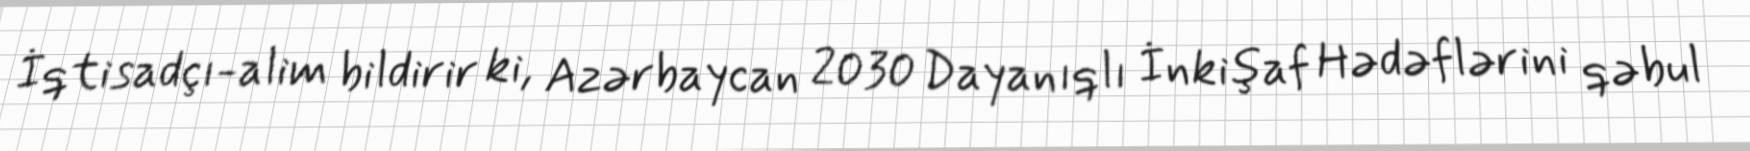
İqtisadçı-alim bildirir ki, Azərbaycan 2030 Dayanıqlı İnkişaf Hədəflərini qəbul